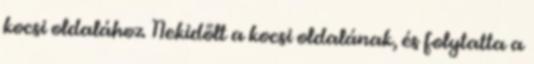
kocsi oldalához. Nekidőlt a kocsi oldalának, és folytatta a